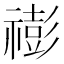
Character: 𥛻